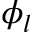
\phi _ { l }